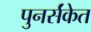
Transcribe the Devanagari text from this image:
पुनर्संकेत